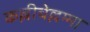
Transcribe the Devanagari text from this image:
कल्लीचेल्लम्मा